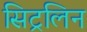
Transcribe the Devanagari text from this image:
सिट्रलिन